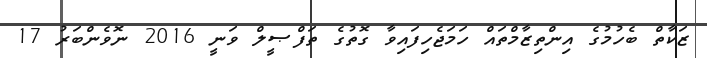
ޒަކާތް ބެހުމުގެ އިންތިޒާމްތައް ހަމަޖެހިފައިވާ ގޮތުގެ ތަފްޞީލް ވަނީ 2016 ނޮވެންބަރު 17